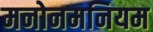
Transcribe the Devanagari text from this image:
मनोनमनियम